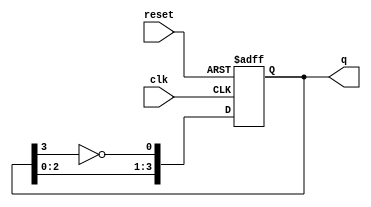
module johnson_counter #(
    parameter N = 4 // Number of flip-flops
)(
    input wire clk,       // Clock input
    input wire reset,     // Asynchronous reset input
    output reg [N-1:0] q  // Output state of the counter
);

// Internal signal for the inverted output of the last flip-flop
wire inverted_last_q;

assign inverted_last_q = ~q[N-1]; // Invert the last flip-flop output

always @(posedge clk or posedge reset) begin
    if (reset) begin
        q <= 0; // Reset the counter to initial state (all bits 0)
    end else begin
        // Shift the bits and feed the inverted last bit to the first flip-flop
        q <= {q[N-2:0], inverted_last_q};
    end
end

endmodule